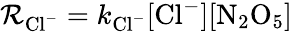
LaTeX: \mathcal{R}_{\mathrm{{Cl}}^{-}}=k_{\mathrm{{Cl}}^{-}}[\mathrm{{Cl}}^{-}][\mathrm{{N}}_{2}\mathrm{{O}}_{5}]